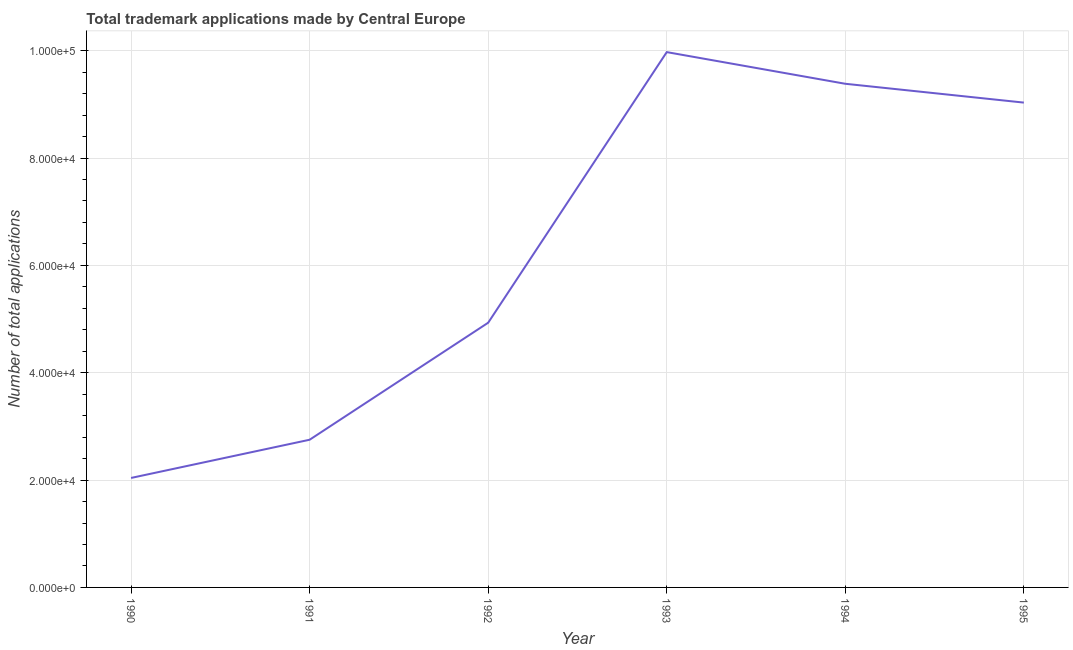
| Year | Trademark applications |
 | --- | --- |
 | 1990 | 2.04e+04 |
 | 1991 | 2.75e+04 |
 | 1992 | 4.93e+04 |
 | 1993 | 9.97e+04 |
 | 1994 | 9.38e+04 |
 | 1995 | 9.03e+04 |